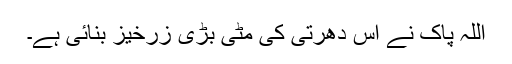
اللّہ پاک نے اس دھرتی کی مٹّی بڑی زرخیز بنائی ہے۔